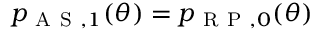
p _ { \mathrm { ~ A ~ S ~ } , 1 } ( \theta ) = p _ { \mathrm { ~ R ~ P ~ } , 0 } ( \theta )